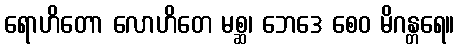
ရောဟိတော လောဟိတေ မစ္ဆ၊ ဘေဒေ စေဝ မိဂန္တရေ။